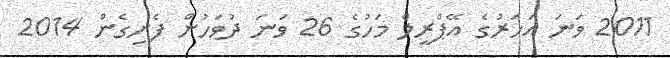
2011 ވަނަ އަހަރުގެ އޭޕްރީލް މަހުގެ 26 ވަނަ ދުވަހުން ފެށިގެން 2014